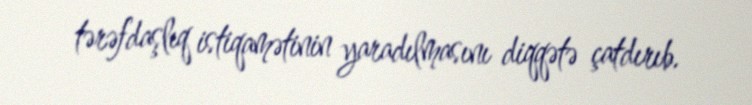
tərəfdaşlıq istiqamətinin yaradılmasını diqqətə çatdırıb.